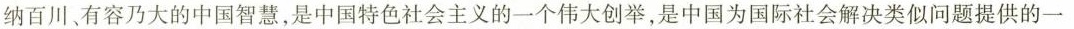
纳百川、有容乃大的中国智慧，是中国特色社会主义的一个伟大创举，是中国为国际社会解决类似问题提供的一